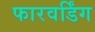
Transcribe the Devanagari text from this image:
फारवर्डिंग